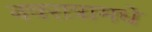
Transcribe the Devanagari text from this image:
नवरात्रामधे